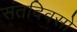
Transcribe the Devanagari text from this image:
संतदिवसों